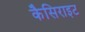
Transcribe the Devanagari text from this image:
कैसिराइट